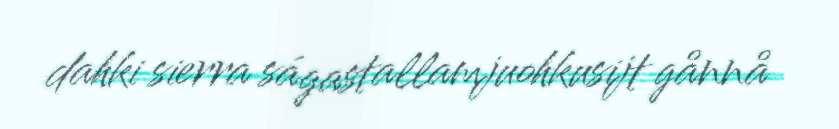
dahki sierra ságastallamjuohkusijt gånnå